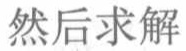
然后求解